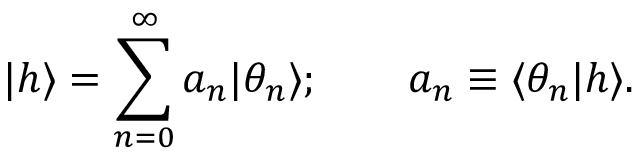
\vert h \rangle = \sum _ { n = 0 } ^ { \infty } a _ { n } \vert \theta _ { n } \rangle ; \quad \quad a _ { n } \equiv \langle \theta _ { n } \vert h \rangle .